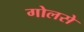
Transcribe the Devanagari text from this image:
गोलसे